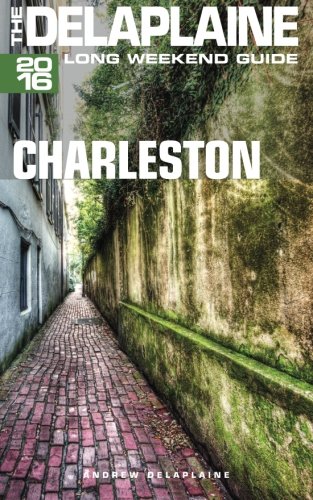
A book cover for CHARLESTON - The Delaplaine 2016 Long Weekend Guide (Long Weekend Guides); Andrew Delaplaine; Travel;